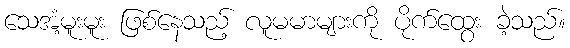
သေအံ့မူးမူး ဖြစ်နေသည့် လူမမာများကို ပိုက်ထွေး ခဲ့သည်။